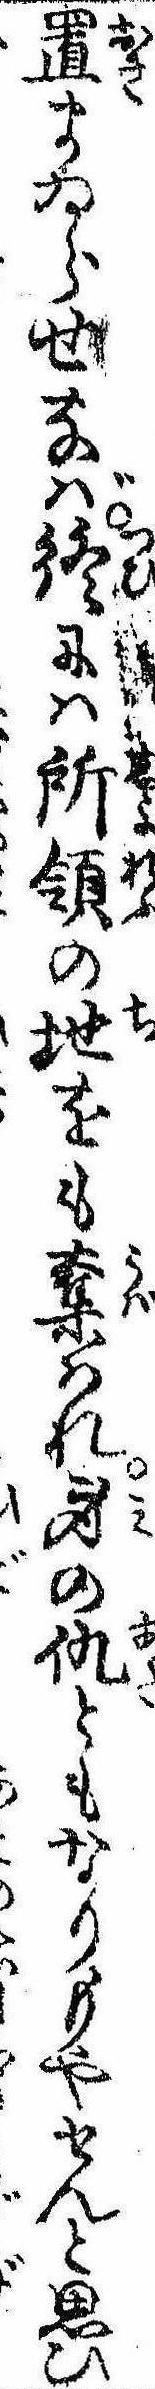
置まゐらせなば終には所領の地をも奪はれ身の仇ともなりもやせんと思ひ